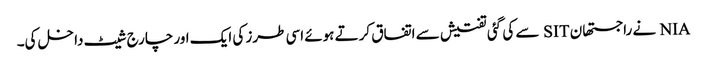
NIA نے راجستھان SIT سے کی گئی تفتیش سے اتفاق کرتے ہوئے اسی طرز کی ایک اور چارج شیٹ داخل کی۔